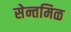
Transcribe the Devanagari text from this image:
सेन्तमिळ